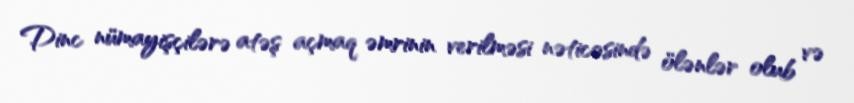
Dinc nümayişçilərə atəş açmaq əmrinin verilməsi nəticəsində ölənlər olub və